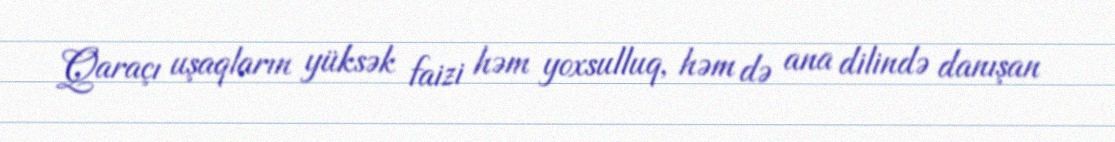
Qaraçı uşaqların yüksək faizi həm yoxsulluq, həm də ana dilində danışan